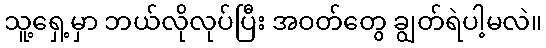
သူ့ရှေ့မှာ ဘယ်လိုလုပ်ပြီး အဝတ်တွေ ချွတ်ရဲပါ့မလဲ။